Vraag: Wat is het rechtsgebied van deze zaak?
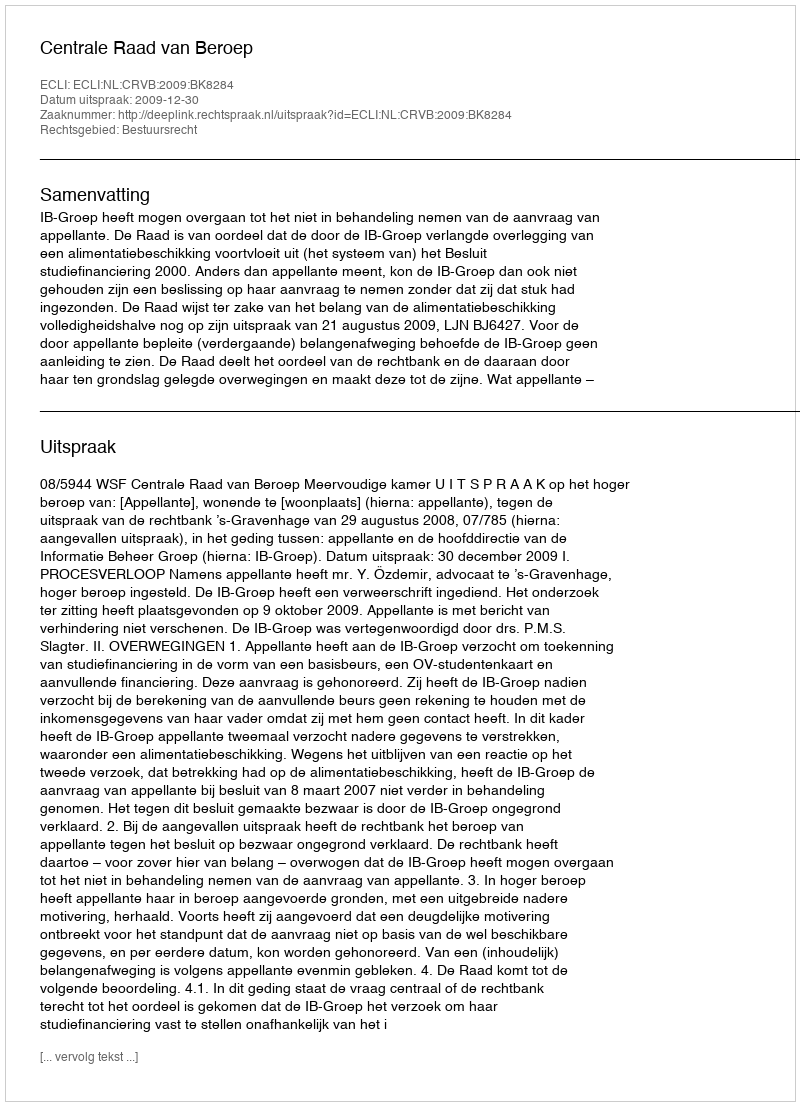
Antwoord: Bestuursrecht